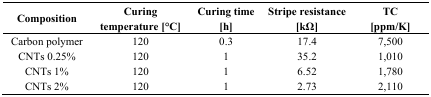
<table><thead><tr><td><b>Composition</b></td><td><b>Curing temperature [°C]</b></td><td><b>Curing time [h]</b></td><td><b>Stripe resistance [kΩ]</b></td><td><b>TC [ppm/K]</b></td></tr></thead><tbody><tr><td>Carbon polymer</td><td>120</td><td>0.3</td><td>17.4</td><td>7,500</td></tr><tr><td>CNTs 0.25%</td><td>120</td><td>1</td><td>35.2</td><td>1,010</td></tr><tr><td>CNTs 1%</td><td>120</td><td>1</td><td>6.52</td><td>1,780</td></tr><tr><td>CNTs 2%</td><td>120</td><td>1</td><td>2.73</td><td>2,110</td></tr></tbody></table>